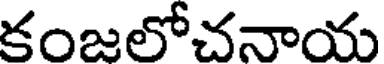
కంజలోచనాయ